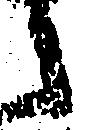
之